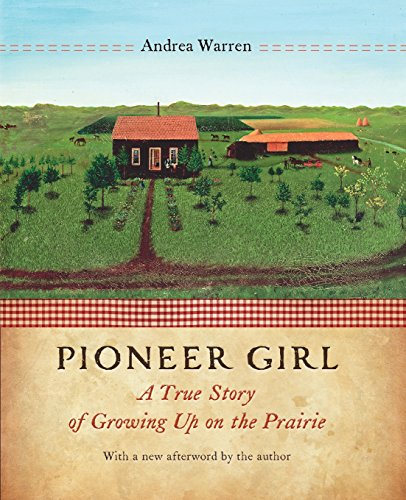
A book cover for Pioneer Girl: A True Story of Growing Up on the Prairie; Andrea Warren; Teen & Young Adult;